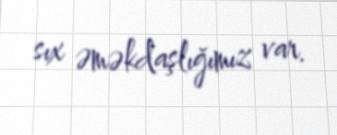
sıx əməkdaşlığımız var.